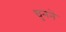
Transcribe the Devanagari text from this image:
घुनने